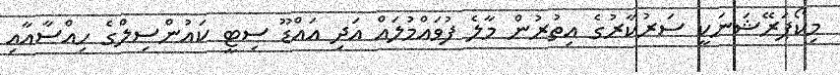
މިކޯޕަރޭޝަނަކީ ސަރުކާރުގެ އިތުރުން މާލެ ފުވައްމުލައް އަދި އައްޑޫ ސިޓީ ކައުންސިލްގެ ހިއްސާއާއި